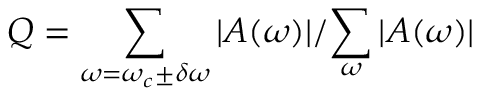
Q = { \sum _ { \omega = \omega _ { c } \pm \delta \omega } | A ( \omega ) } | / { \sum _ { \omega } | A ( \omega ) } |